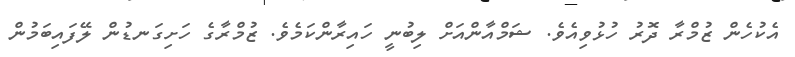
އެކުހެން ޒުމްރާ ދޮރު ހުޅުވިއެވެ. ޝަމްއާންއަށް ލިބުނީ ހައިރާންކަމެވެ. ޒުމްރާގެ ހަށިގަނޑުން ލޭފައިބަމުން